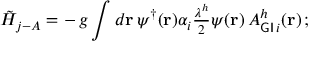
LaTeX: \tilde { H } _ { j - A } = - \, g \int d { \bf r } \, { \psi ^ { \dagger } } ( { \bf r } ) \alpha _ { i } { \textstyle \frac { \lambda ^ { h } } { 2 } } \psi ( { \bf r } ) \, A _ { { \sf G I } \, i } ^ { h } ( { \bf r } ) \, ;